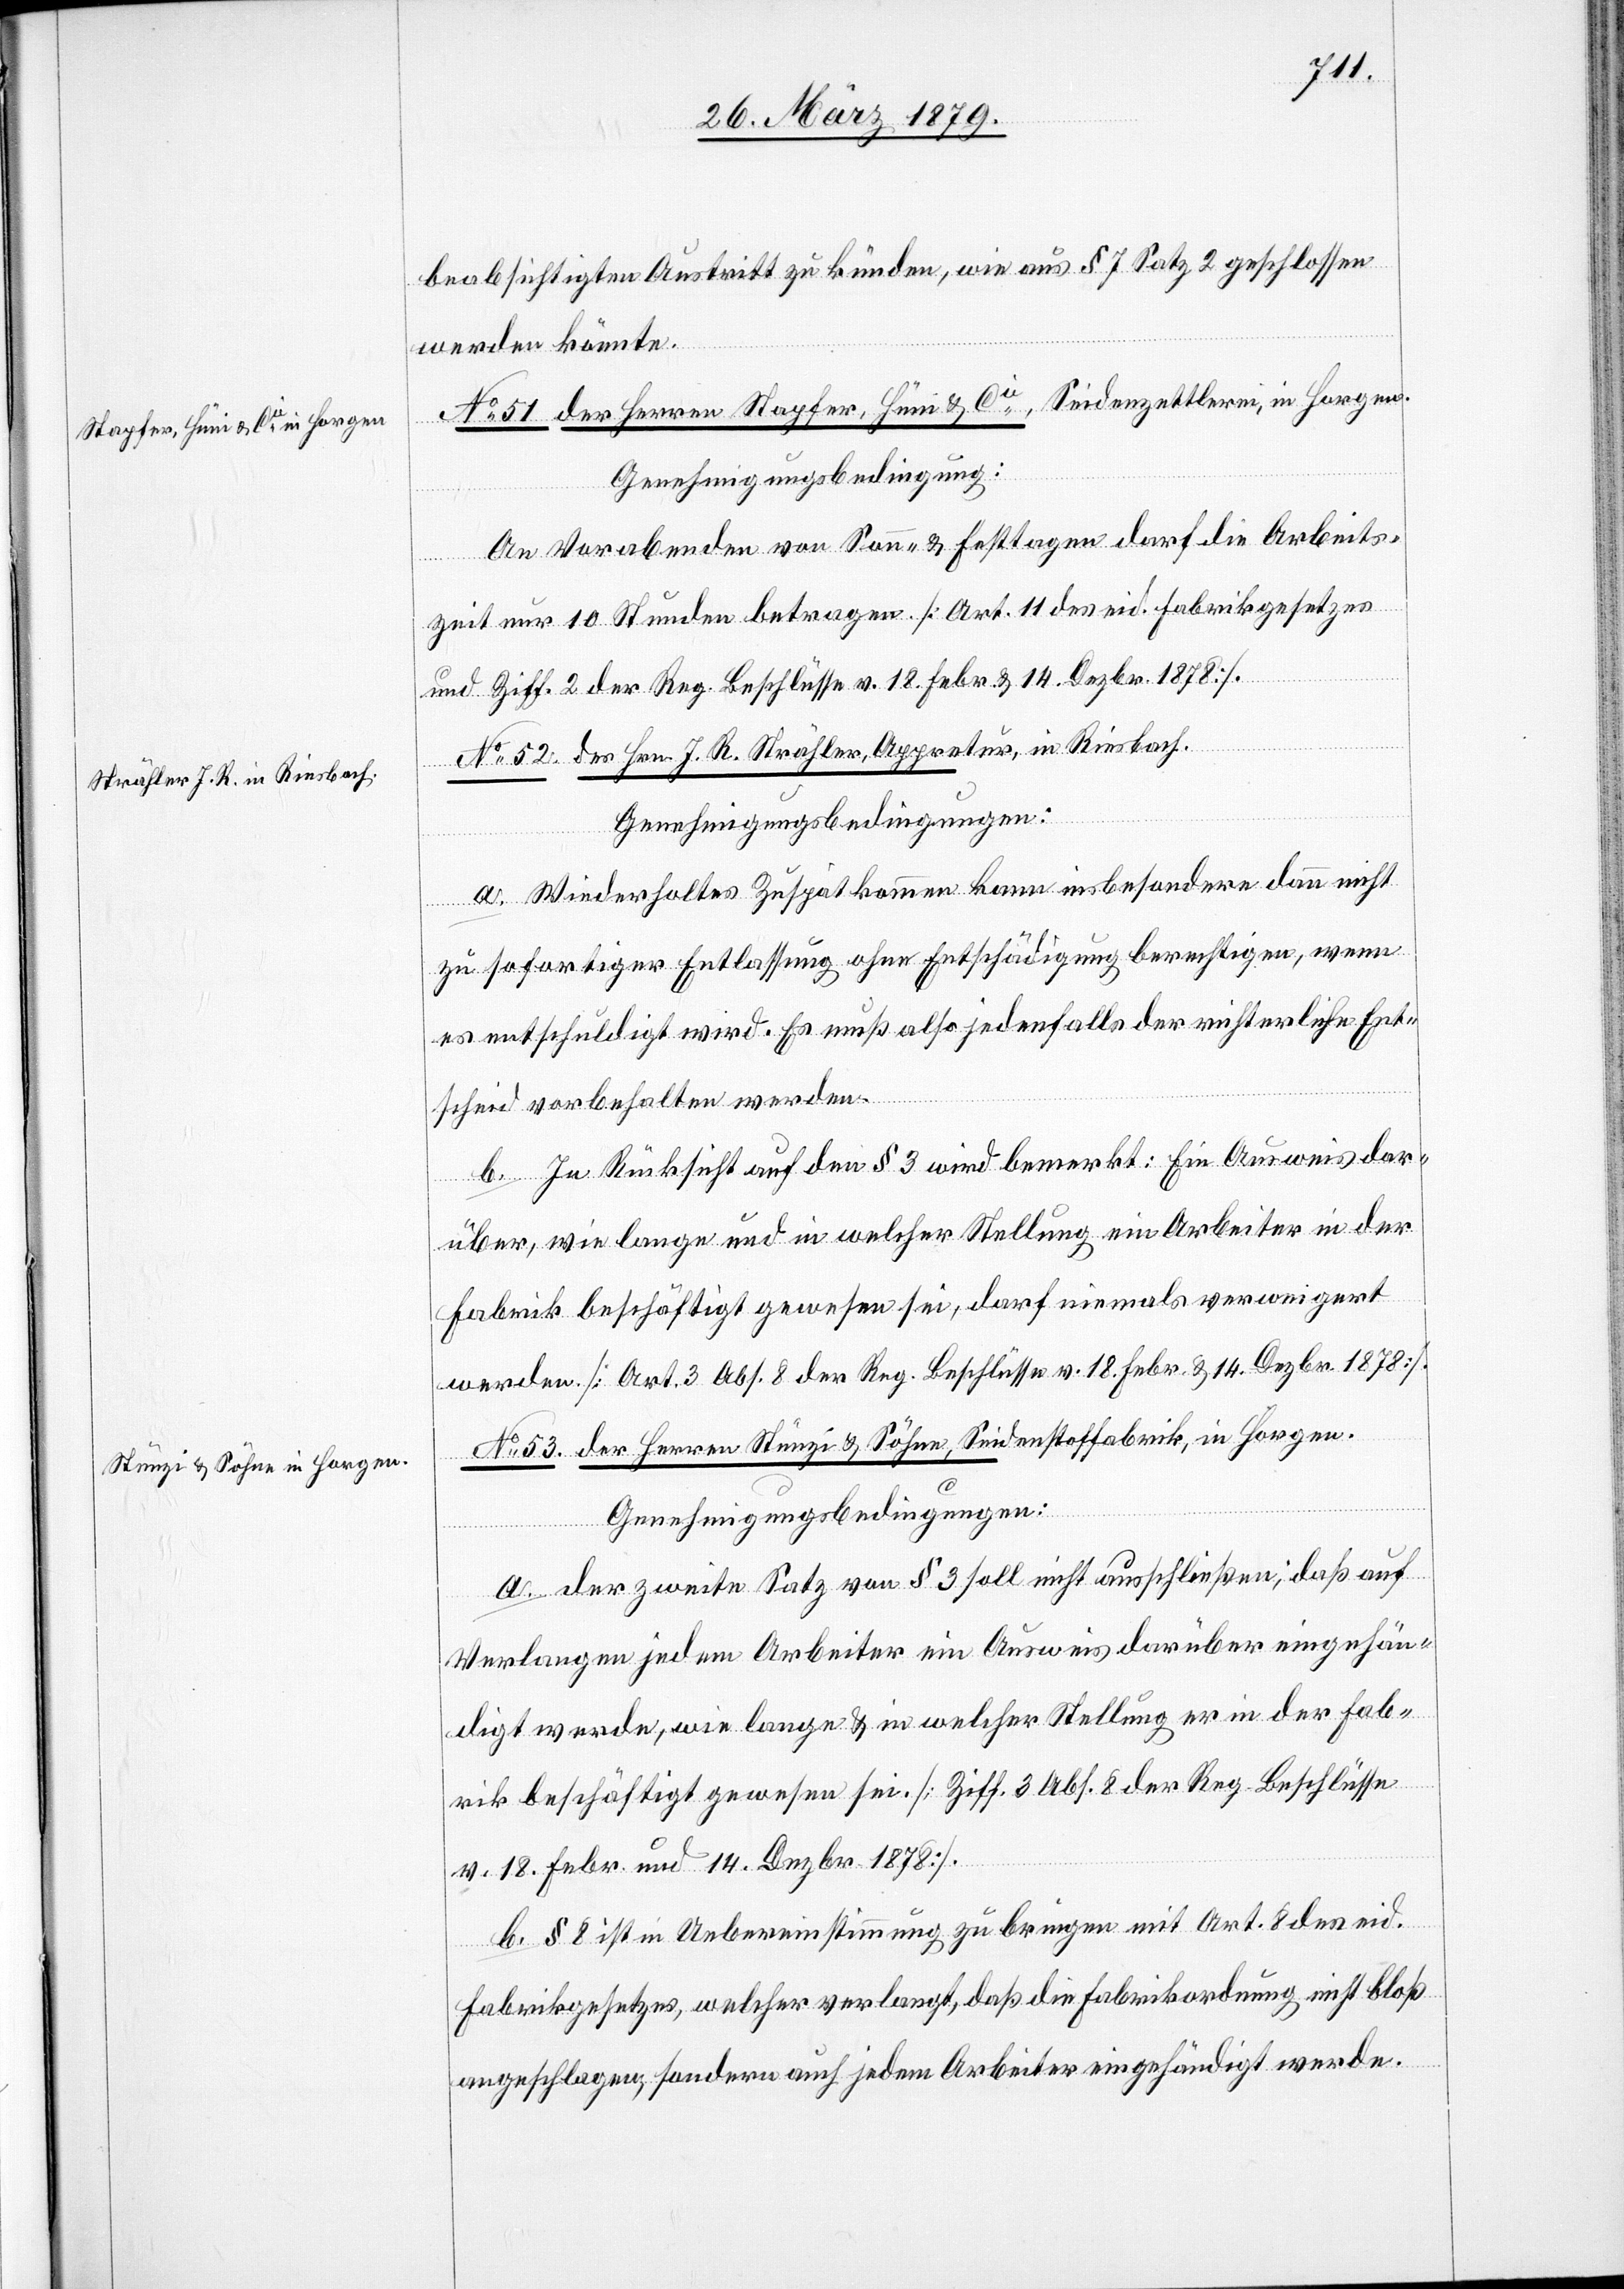
beabsichtigten Austritt zu künden, wie aus § 7 Satz 2 geschlossen
werden könnte.
No 51. der Herren Stapfer, Hüni & Cie, Seidenzettlerei, in Horgen.
Genehmigungsbedingung:
An Vorabenden von Sonn- & Festtagen darf die Arbeits¬
zeit nur 10 Stunden betragen. [Art. 11 des eid. Fabrikgesetzes
und Ziff. 2 der Reg. Beschlüsse v. 18. Febr. & 14. Dezbr. 1878].
No 52. des Hrn. J. R. Strähler, Appretur in Riesbach.
Genehmigungsbedingungen:
a. Wiederholtes Zuspätkommen kann insbesondere dann nicht
zu sofortiger Entlassung ohne Entschädigung berechtigen, wenn
es entschuldigt wird. Es muß also jedenfalls der richterliche Ent¬
scheid vorbehalten werden.
b. In Rücksicht auf den § 3 wird bemerkt: Ein Ausweis dar¬
über, wie lange und in welcher Stellung ein Arbeiter in der
Fabrik beschäftigt gewesen sei, darf niemals verweigert
werden. [Art. 3 Abs. 8 der Reg. Beschlüsse v. 18. Febr. & 14. Dezbr. 1878].
No 53. der Herren Stünzi & Söhne, Seidenstoffabrik, in Horgen.
Genehmigungsbedingungen:
a. Der zweite Satz von § 3 soll nicht ausschließen, daß auf
Verlangen jedem Arbeiter ein Ausweis darüber eingehän¬
digt werde, wie lange & in welcher Stellung er in der Fab¬
rik beschäftigt gewesn. [Ziff. 3 Abs. 6 der Reg. Beschlüsse
v. 18. Febr. und 14. Dezbr. 1878].
b. § 8 ist in Uebereinstimmung zu bringen mit Art. 8 des eid.
Fabrikgesetzes, welcher verlangt, daß die Fabrikordnung nicht bloß
angeschlagen, sondern auch jedem Arbeiter eingehändigt werde.